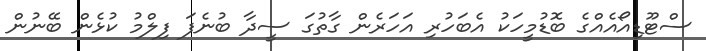
ސްޓޫޑިއޯއެއްގެ ބޮޑުމީހަކު އެބަހުރި އަހަރެން ގާތުގަ ސީދާ ބުނެފަ ފިލްމު ކުޅެން ބޭނުން